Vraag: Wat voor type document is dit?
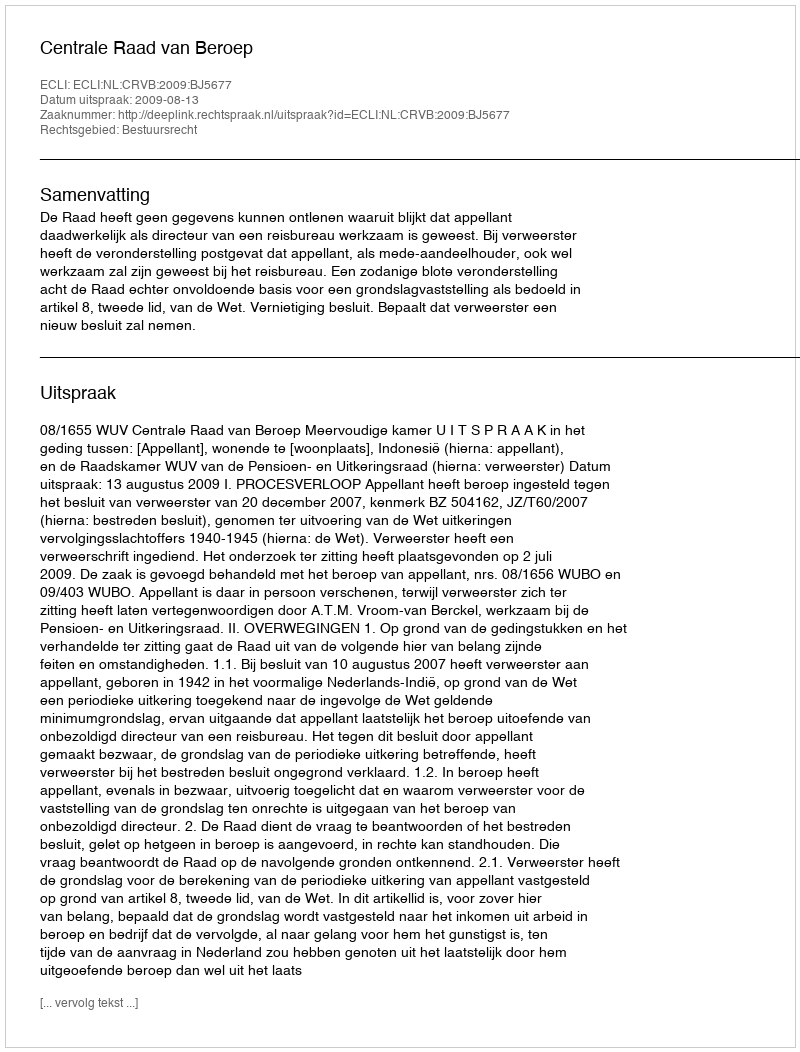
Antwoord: Uitspraak